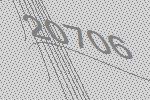
20706